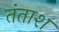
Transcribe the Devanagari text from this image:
तंताश